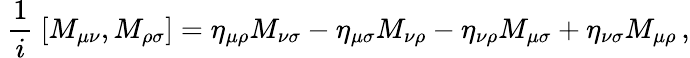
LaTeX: ~{\frac{1}{i}}~[M_{\mu\nu},M_{\rho\sigma}]=\eta_{\mu\rho}M_{\nu\sigma}-\eta_{\mu\sigma}M_{\nu\rho}-\eta_{\nu\rho}M_{\mu\sigma}+\eta_{\nu\sigma}M_{\mu\rho}\, ,